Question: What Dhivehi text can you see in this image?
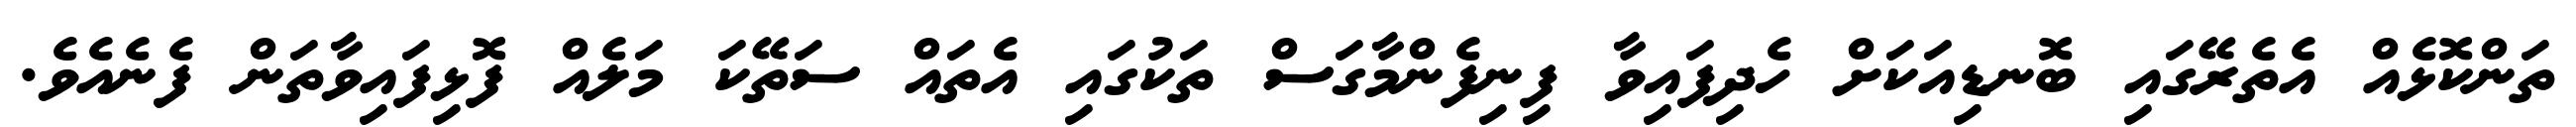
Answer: ތަންކޮޅެއް އެތެރޭގައި ބޮނޑިއަކަށް ހެދިފައިވާ ފިނިފެންމާގަސް ތަކުގައި އެތައް ސަތޭކަ މަލެއް ފޮޅިފައިވާތަން ފެނެއެވެ.